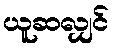
ယူဆလျှင်